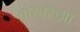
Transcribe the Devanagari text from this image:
बोरबरुआ